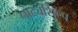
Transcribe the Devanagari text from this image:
नाट्यशिल्प